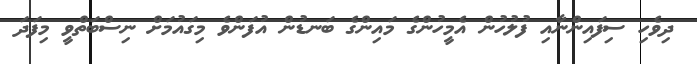
ދިވެހި ސިފައިންނާއި ފުލުހުން އެމީހުންގެ މައިންގެ ބަނޑުން އުފަންވެ މިގައުމަށް ނިސްބަތްވީ މިފަދަ